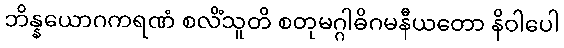
ဘိန္နယောဂကရဏံ စလိံသူတိ စတုမဂ္ဂါဓိဂမနီယတော နိဝါပေါ